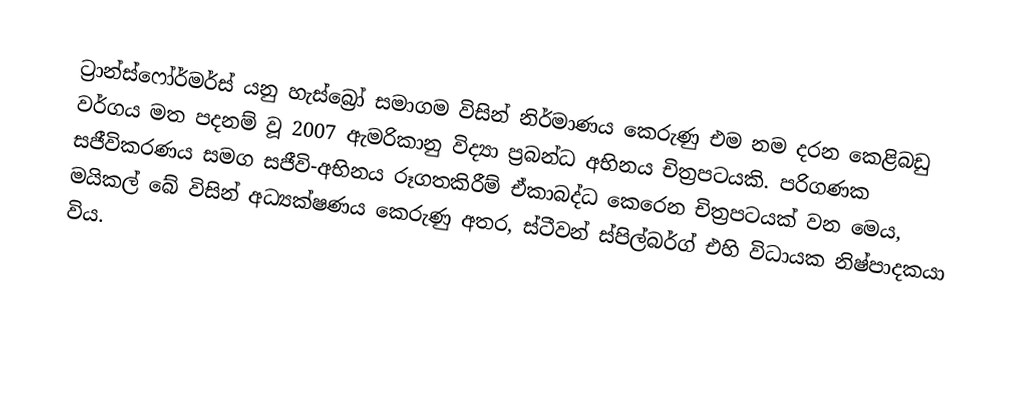
ට්‍රාන්ස්ෆෝර්මර්ස් යනු  හැස්බ්‍රෝ සමාගම විසින් නිර්මාණය කෙරුණු  එම නම දරන කෙළිබඩු වර්ගය මත පදනම් වූ 2007 ඇමරිකානු විද්‍යා ප්‍රබන්ධ අභිනය චිත්‍රපටයකි. පරිගණක සජීවිකරණය සමග සජීවි-අභිනය රූගතකිරීම් ඒකාබද්ධ කෙරෙන චිත්‍රපටයක් වන මෙය, මයිකල් බේ විසින් අධ්‍යක්ෂණය කෙරුණු අතර, ස්ටීවන් ස්පිල්බර්ග් එහි විධායක නිෂ්පාදකයා විය.